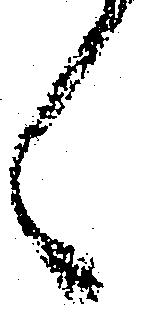
候